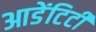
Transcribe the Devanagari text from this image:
आडेंटिटी